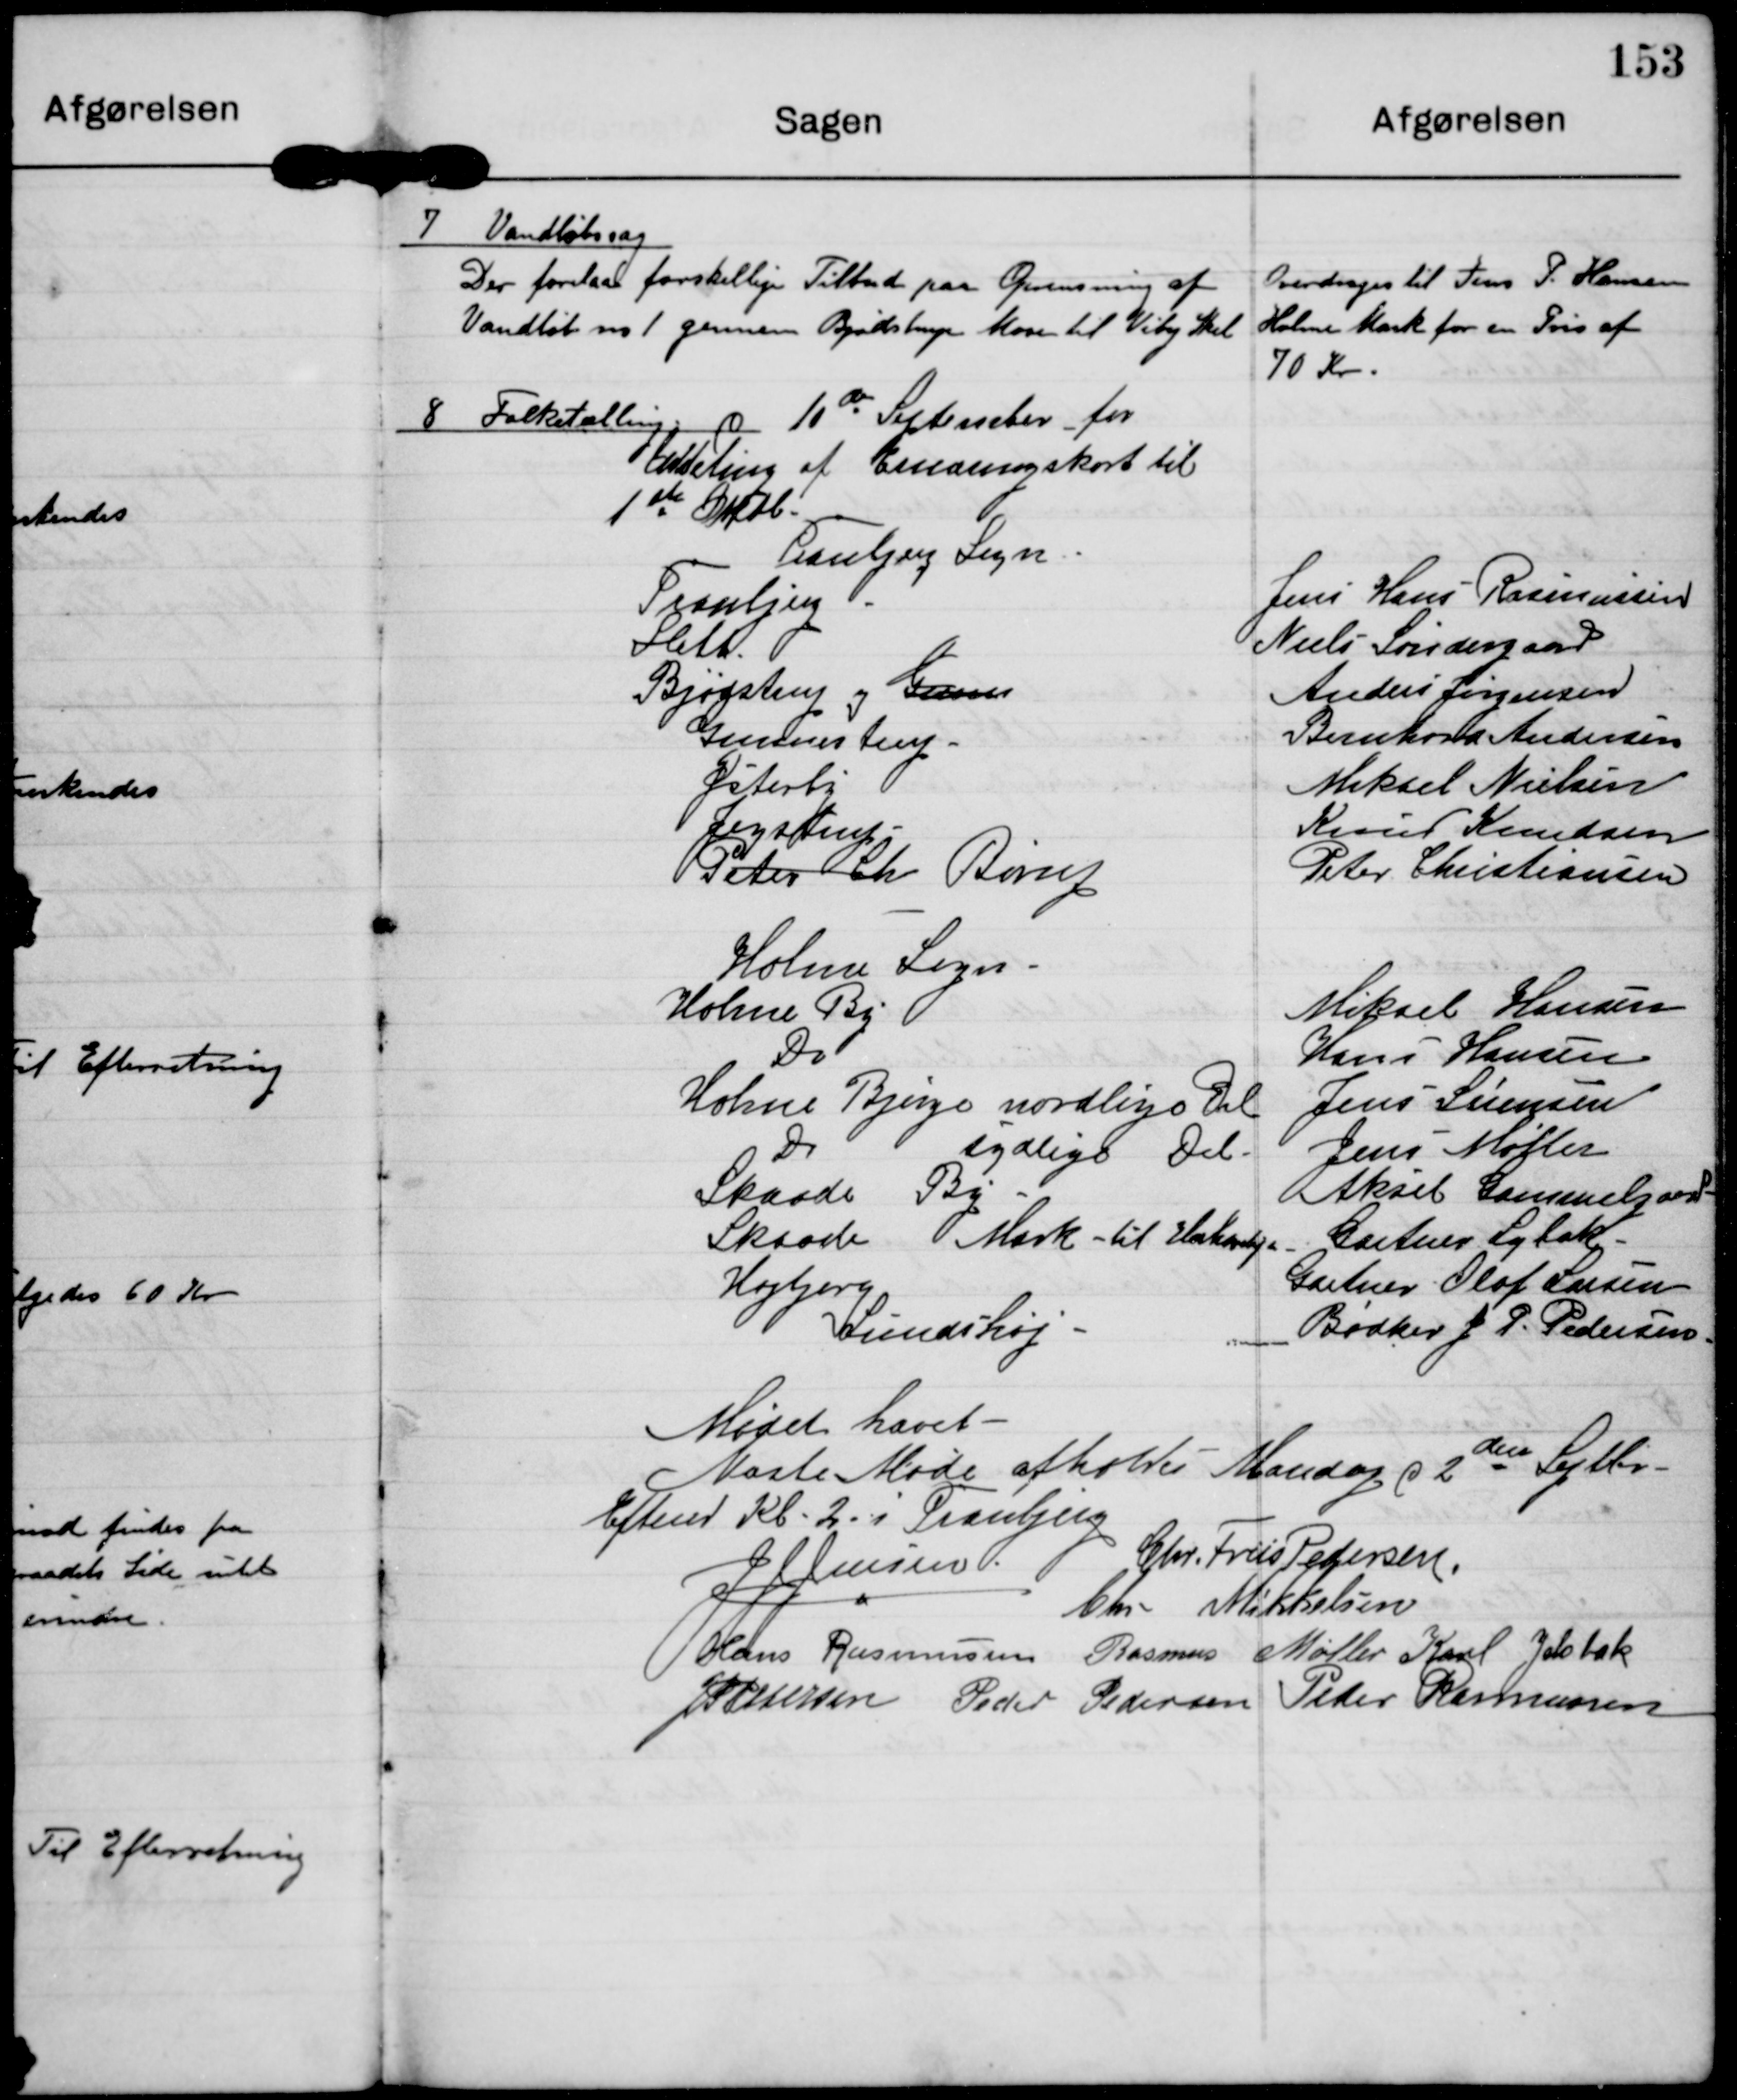
Transskription:
7 Vandløbssag
Der forelaa forskellige Tilbud paa Oprensning af
Vandløb ind gennem Bjødstrup Mose til Viby Skel

Overdrages til Jens P. Hansen
Holme Mark for en Pris af
70 Kr.

8 Folketælling d 10de September for
uddeling af Ernæringskort til
1 ste Oktb
Tranbjerg Sogn
Tranbjerg
Sleth
Bjødstrup og Gunn
Gunnestrup
Østerby
Jegstrup
Peter Ch Børup
Holme Sogn
Holme By
Do
Holme Bjerge nordlige Del
Do
sydlige Del
Skaade By
Skaade Mark til Hestehavevej
Højbjerg
Lundshøj

Jens Hans Rasmussen
Niels Søndergaard
Anders Jørgensen
Bernhard Andersen
Mikael Nielsen
Knud Knudsen
Peter Christensen
Mikael Hansen
Hans Hansen
Jens Sørensen
Jens Møller
Aksel Gammelgaard
Gartner Lybak
Gartner Olaf Larsen
Bødker J P. Pedersen

Mødet hævet

Næste Møde afholdes Mandag d 2den Septbr
Efterm Kl 2 i Tranbjerg

J J Jensen

Chr. Friis Pedersen

Chr. Mikkelsen

Hans Rasmussen

Rasmus Møller

Karl Jelsbak

JP Pedersen

Peder Pedersen

Peder Rasmussen